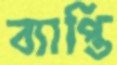
ব্যাপ্তি